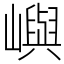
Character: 嶼